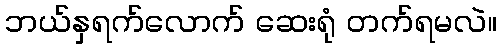
ဘယ်နှရက်လောက် ဆေးရုံ တက်ရမလဲ။